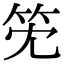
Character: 𥫹